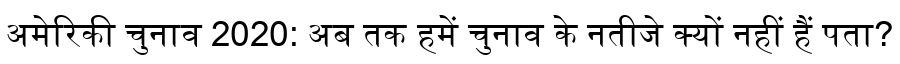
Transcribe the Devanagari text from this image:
अमेरिकी चुनाव 2020: अब तक हमें चुनाव के नतीजे क्यों नहीं हैं पता?